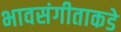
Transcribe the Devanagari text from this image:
भावसंगीताकडे